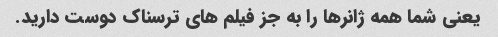
یعنی شما همه ژانرها را به جز فیلم های ترسناک دوست دارید.